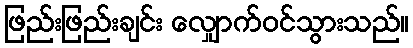
ဖြည်းဖြည်းချင်း လျှောက်ဝင်သွားသည်။